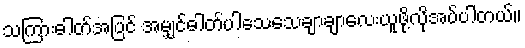
သကြားဓါတ်အပြင် အမျှင်ဓါတ်ပါသေသေချာချာလေးယူဖို့လိုအပ်ပါတယ်။